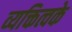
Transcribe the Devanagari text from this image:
व्यक्तित्वके